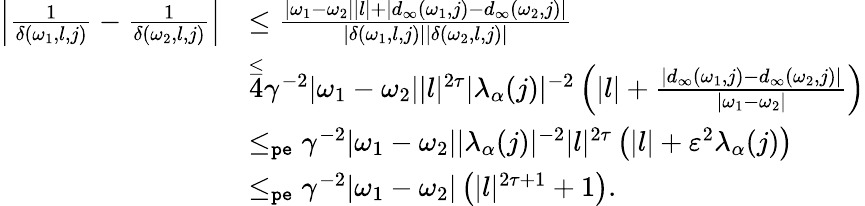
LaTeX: \begin{array}{rl}{\left|\frac{1}{\delta(\omega_{1},l,j)}-\frac{1}{\delta(\omega_{2},l,j)}\right|}&{\le\frac{|\omega_{1}-\omega_{2}||l|+|d_{\infty}(\omega_{1},j)-d_{\infty}(\omega_{2},j)|}{|\delta(\omega_{1},l,j)||\delta(\omega_{2},l,j)|}}\\ &{\overset\le 4\gamma^{-2}|\omega_{1}-\omega_{2}||l|^{2\tau}|\lambda_{\alpha}(j)|^{-2}\left(|l|+\frac{|d_{\infty}(\omega_{1},j)-d_{\infty}(\omega_{2},j)|}{|\omega_{1}-\omega_{2}|}\right)}\\ &{\le_{\mathtt{pe}}\gamma^{-2}|\omega_{1}-\omega_{2}||\lambda_{\alpha}(j)|^{-2}|l|^{2\tau}\left(|l|+\varepsilon^{2}\lambda_{\alpha}(j)\right)}\\ &{\le_{\mathtt{pe}}\gamma^{-2}|\omega_{1}-\omega_{2}|\left(|l|^{2\tau+1}+1\right).}\end{array}